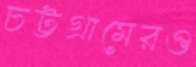
চট্টগ্রামেরও